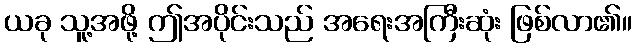
ယခု သူ့အဖို့ ဤအပိုင်းသည် အရေးအကြီးဆုံး ဖြစ်လာ၏။